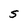
Character: S